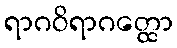
ရာဂဝိရာဂတ္ထော